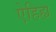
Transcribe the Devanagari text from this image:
ऐहिह्य